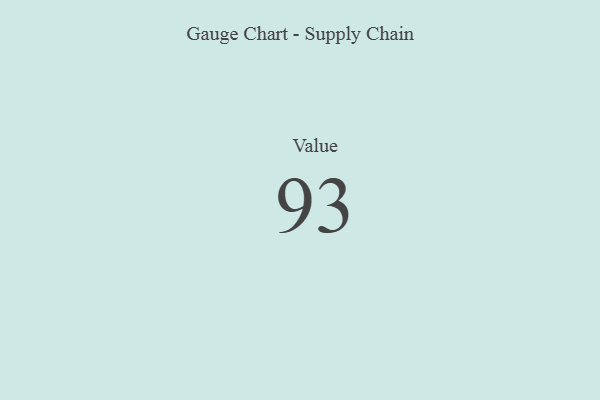
{"axis": {"x": "Metric", "y": "Value"}, "legend": [""], "data": [{"x": "Value", "y": 93, "type": ""}]}